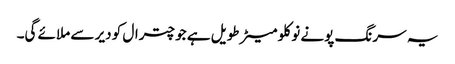
یہ سرنگ پونے نو کلو میٹر طویل ہے جو چترال کو دیر سے ملائے گی۔